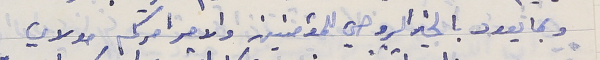
وبما يعود بالخير الروحي للمؤمنين والامر امركم مولاي